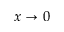
x \to 0